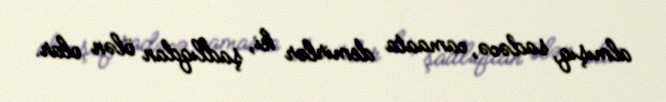
almışıq, sadəcə, camaata demirlər ki, şadlıqdan ölən olar.